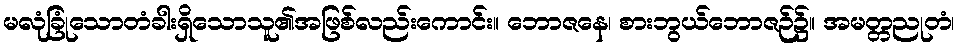
မလုံခြုံသောတံခါးရှိသောသူ၏အဖြစ်လည်းကောင်း။ ဘောဇနေ၊ စားဘွယ်ဘောဇဉ်၌။ အမတ္တညုတံ၊